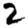
Digit: 2